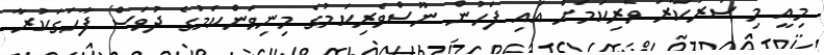
މިއީ މި ސަރުކާރު ވެރިކަމަށް އައި ފަހުން ނޫސްވެރިކަމުގެ މިނިވަންކަމުގެ ދުވަސް ފާހަގަކުރާ